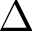
\Delta